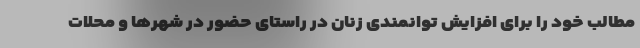
مطالب خود را برای افزایش توانمندی زنان در راستای حضور در شهرها و محلات